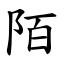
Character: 陌